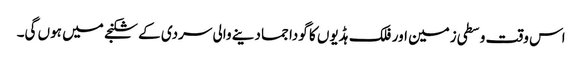
اس وقت وسطی زمین اور فلک ہڈیوں کا گودا جما دینے والی سردی کے شکنجے میں ہوں گی۔